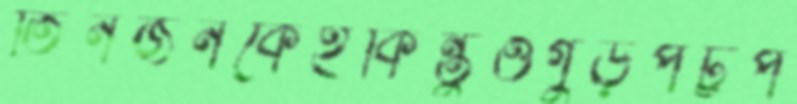
তিনজনকেইকিন্তুওগুড়পট্টপ